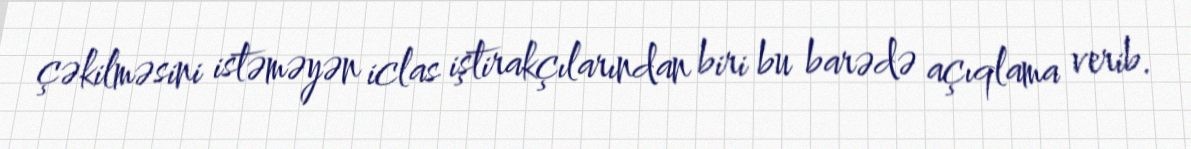
çəkilməsini istəməyən iclas iştirakçılarından biri bu barədə açıqlama verib.